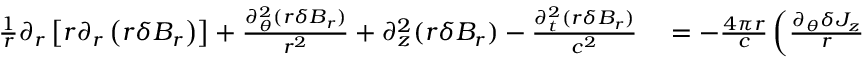
\begin{array} { r } { \begin{array} { r l } { \frac { 1 } { r } \partial _ { r } \left[ r \partial _ { r } \left( r \delta B _ { r } \right) \right] + \frac { \partial _ { \theta } ^ { 2 } ( r \delta B _ { r } ) } { r ^ { 2 } } + \partial _ { z } ^ { 2 } ( r \delta B _ { r } ) - \frac { \partial _ { t } ^ { 2 } ( r \delta B _ { r } ) } { c ^ { 2 } } } & { { } = - \frac { 4 \pi r } { c } \left( \frac { \partial _ { \theta } \delta J _ { z } } { r } - \partial _ { z } \delta J _ { \theta } \right) = } \end{array} } \end{array}